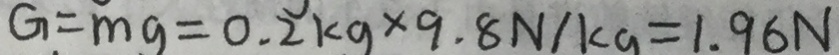
G = m g = 0 . 2 k g \times 9 . 8 N / K G = 1 . 9 6 N